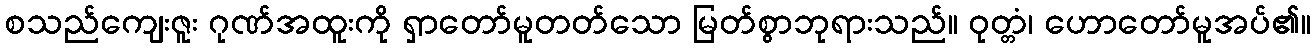
စသည်ကျေးဇူး ဂုဏ်အထူးကို ရှာတော်မူတတ်သော မြတ်စွာဘုရားသည်။ ဝုတ္တံ၊ ဟောတော်မူအပ်၏။